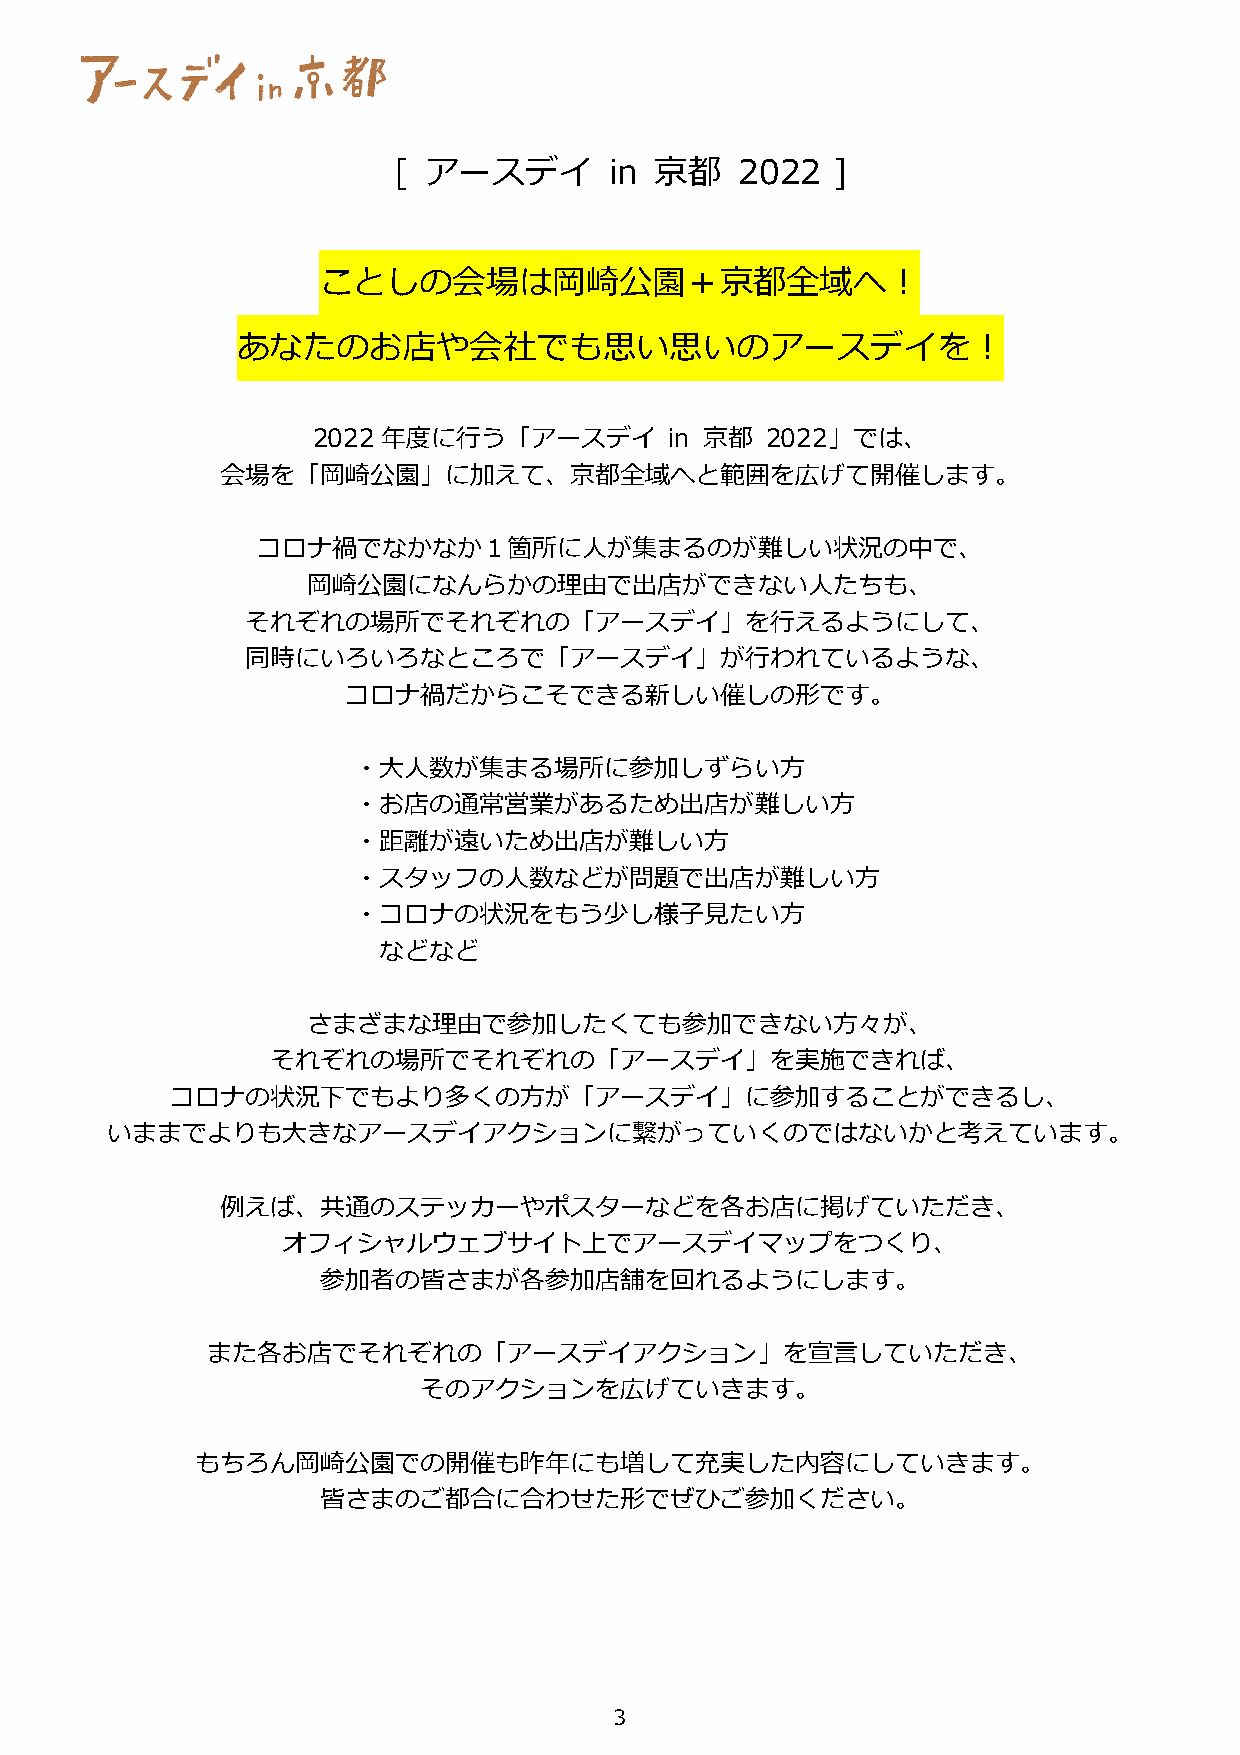
[ アースデイ       in 京都    2022  ]
 ことしの会場は岡崎公園＋京都全域へ︕
 あなたのお店や会社でも思い思いのアースデイを︕
 2022年度に⾏う「アースデイ        in 京都  2022」では、
 会場を「岡崎公園」に加えて、京都全域へと範囲を広げて開催します。
 コロナ禍でなかなか１箇所に⼈が集まるのが難しい状況の中で、
 岡崎公園になんらかの理由で出店ができない⼈たちも、
 それぞれの場所でそれぞれの「アースデイ」を⾏えるようにして、
 同時にいろいろなところで「アースデイ」が⾏われているような、
 コロナ禍だからこそできる新しい催しの形です。
 ・⼤⼈数が集まる場所に参加しずらい⽅
 ・お店の通常営業があるため出店が難しい⽅
 ・距離が遠いため出店が難しい⽅
 ・スタッフの⼈数などが問題で出店が難しい⽅
 ・コロナの状況をもう少し様⼦⾒たい⽅
 などなど
 さまざまな理由で参加したくても参加できない⽅々が、
 それぞれの場所でそれぞれの「アースデイ」を実施できれば、
 コロナの状況下でもより多くの⽅が「アースデイ」に参加することができるし、
 いままでよりも⼤きなアースデイアクションに繋がっていくのではないかと考えています。
 例えば、共通のステッカーやポスターなどを各お店に掲げていただき、
 オフィシャルウェブサイト上でアースデイマップをつくり、
 参加者の皆さまが各参加店舗を回れるようにします。
 また各お店でそれぞれの「アースデイアクション」を宣⾔していただき、
 そのアクションを広げていきます。
 もちろん岡崎公園での開催も昨年にも増して充実した内容にしていきます。
 皆さまのご都合に合わせた形でぜひご参加ください。
 3